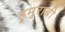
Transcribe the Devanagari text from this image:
हुमुराबी